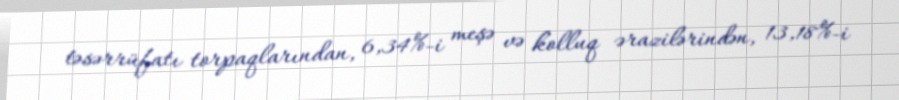
təsərrüfatı torpaqlarından, 6,34%-i meşə və kolluq ərazilərindən, 13,18%-i